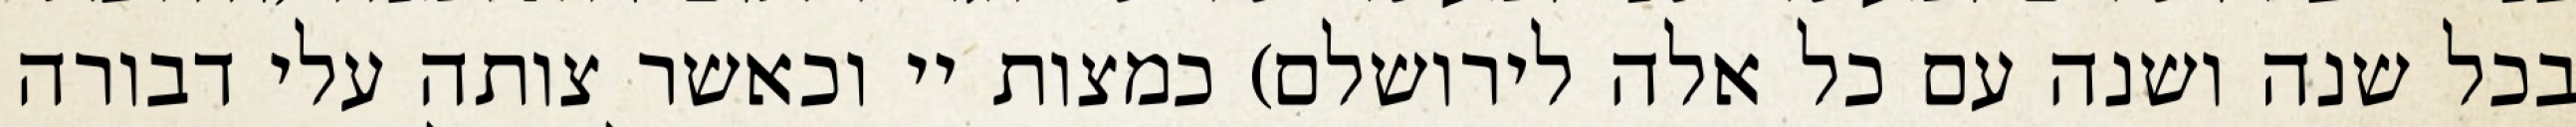
בכל שנה ושנה עם כל אלה לירושלם) כמצות יי וכאשר צותה עלי דבורה